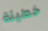
خطيئة